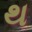
થ